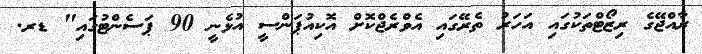
ރާއްޖޭގެ ރިޒޯޓްތަކުގައި އަހަރު ތެރޭގައި އެވްރެޖްކޮށް އޮކިއުޕަންސީ އުޅެނީ 90 ޕަސެންޓުގައި" ޑރ.